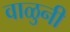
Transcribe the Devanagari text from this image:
वाळुनी